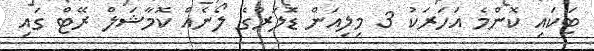
ޓަކައި ކޮންމެ އަހަރަކު 3 މިލިއަން ޑޮަލަރުގެ ލޯނެއް ކޮމާޝަލް ރޭޓް ގައި